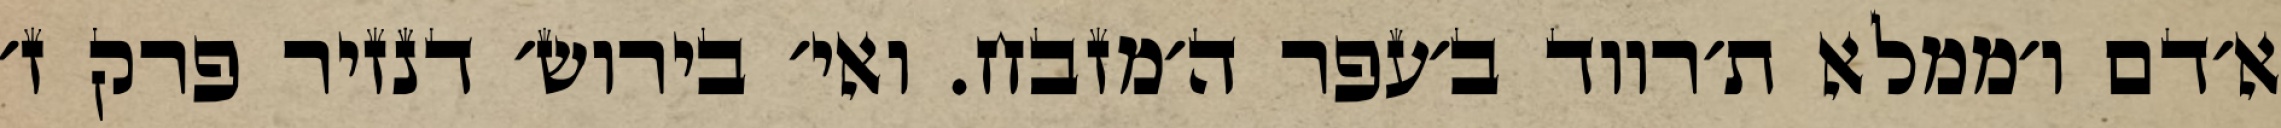
א׳דם ו׳ממלא ת׳רווד ב׳עפר ה׳מזבח. ואי׳ בירוש׳ דנזיר פרק ז׳